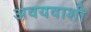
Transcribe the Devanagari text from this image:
अवयवाशी